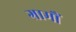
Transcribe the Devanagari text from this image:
ग्रामौं